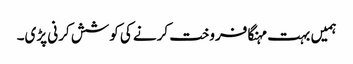
ہمیں بہت مہنگا فروخت کرنے کی کوشش کرنی پڑی۔